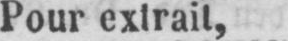
Pour extrait,